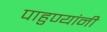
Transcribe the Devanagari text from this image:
पाहुण्यांनी